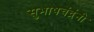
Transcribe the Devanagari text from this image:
सुभाषचंद्रंनी